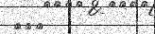
١٢٠